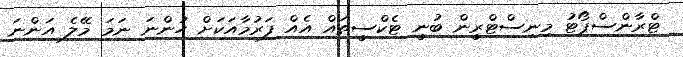
ޓްރާންސްޕޯޓު މިނިސްޓްރީން ބުނީ ޓެކްސީތައް އެއް ފަރުމާއަކަށް ހުންނަ ނަމަ މޭލެ އަންނަ